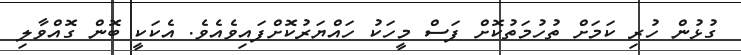
ގުޅުން ހުރި ކަމަށް ތުހުމަތުކޮށް ފަސް މީހަކު ހައްޔަރުކޮށްފައިވެއެވެ. އެކަކީ ބޮން ގޮއްވާލި